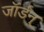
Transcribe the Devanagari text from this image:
जॉर्डन्